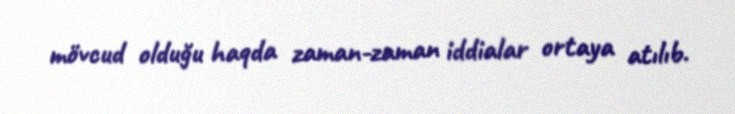
mövcud olduğu haqda zaman-zaman iddialar ortaya atılıb.